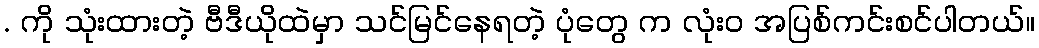
. ကို သုံးထားတဲ့ ဗီဒီယိုထဲမှာ သင်မြင်နေရတဲ့ ပုံတွေ က လုံးဝ အပြစ်ကင်းစင်ပါတယ်။